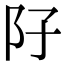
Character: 䦻